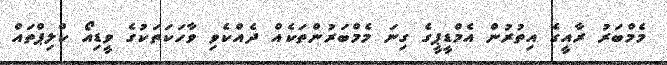
މެމްބަރު ރާއީގެ އިތުރުން އެމްޑީޕީގެ ގިނަ މެމްބަރުންތަކެއް ދެއްކެވި ވާހަކަތަކުގެ ވީޑިއޯ ކްލިޕްތައް